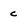
Character: c